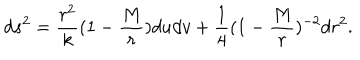
LaTeX: d s ^ { 2 } = { \frac { r ^ { 2 } } { k } } ( 1 - { \frac { M } { r } } ) d u d v + { \frac { 1 } { 4 } } ( 1 - { \frac { M } { r } } ) ^ { - 2 } d r ^ { 2 } .